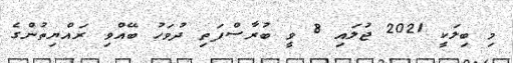
މި ބިލަކީ 2021 ޖުލައި 8 ވީ ބުރާސްފަތި ދުވަހު ބޭއްވި ރައްޔިތުންގެ